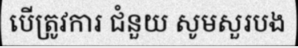
បើត្រូវការ ជំនួយ សូមសួរបង